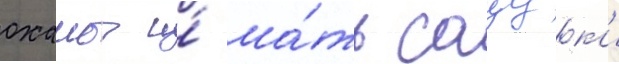
оханы и́ ма́ть сацук'и